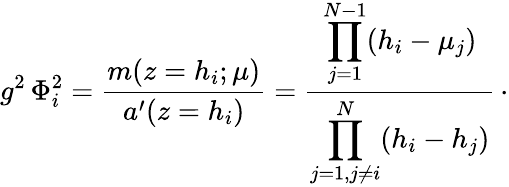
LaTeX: g^{2}\, \Phi_{i}^{2}={\frac{m(z=h_{i};\mu)}{a^{\prime}(z=h_{i})}}={\frac{\displaystyle\prod_{j=1}^{N-1}(h_{i}-\mu_{j})}{\displaystyle\prod_{j=1,j\neq i}^{N}(h_{i}-h_{j})}}\, \cdotp